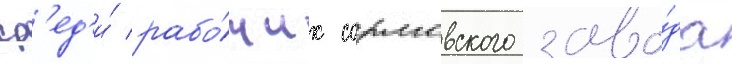
ср'ед'и́ рабо́чих сормовского заво́да